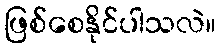
ဖြစ်စေနိုင်ပါသလဲ။